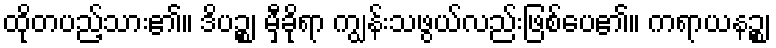
ထိုတပည့်သား၏။ ဒိပဉ္စ၊ မှီခိုရာ ကျွန်းသဖွယ်လည်းဖြစ်ပေ၏။ ကရာယနဉ္စ၊